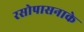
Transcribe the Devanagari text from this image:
रसोपासनाके